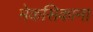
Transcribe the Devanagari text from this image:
मेकसिकाना